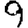
Digit: 9